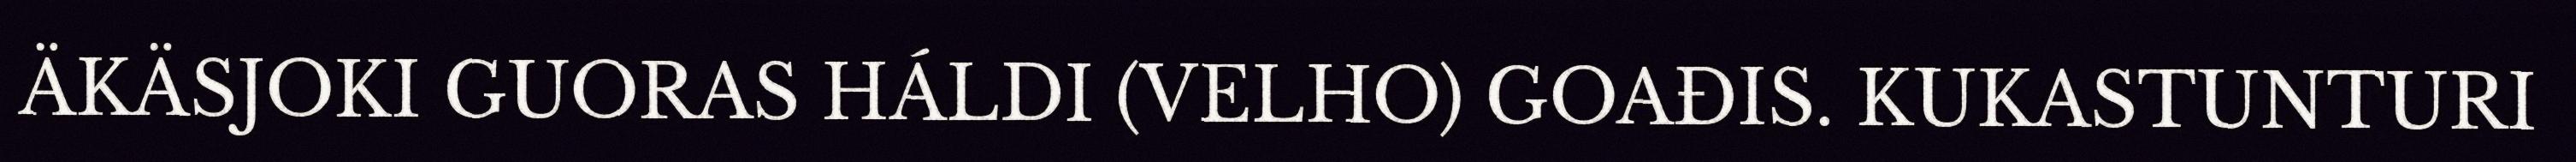
ÄKÄSJOKI GUORAS HÁLDI (VELHO) GOAĐIS. KUKASTUNTURI